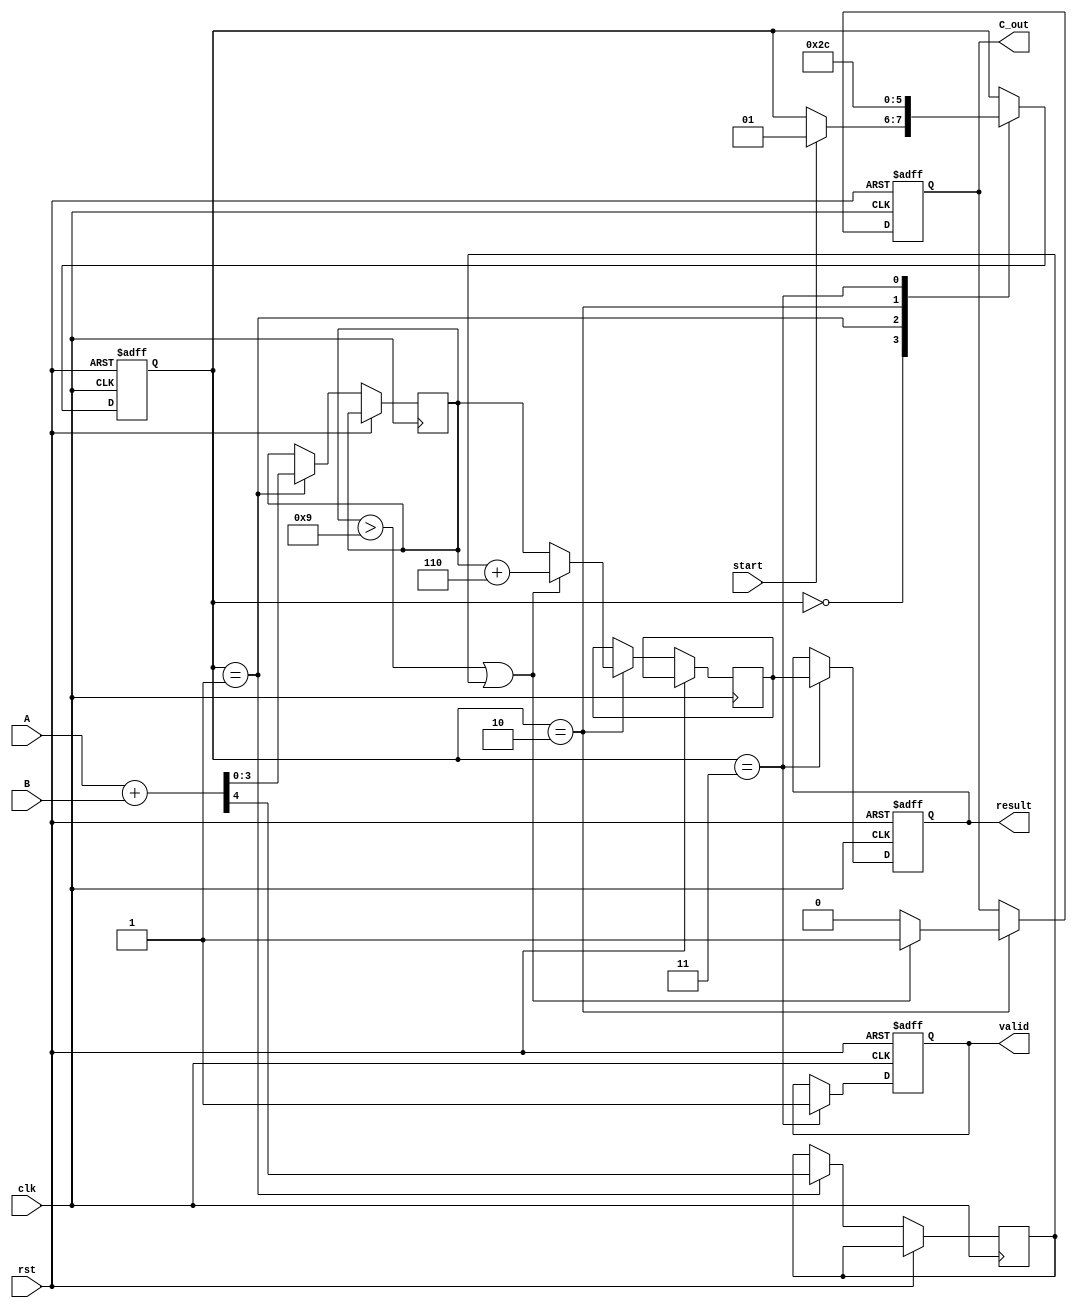
module BCD_Pipelined_Adder (
    input wire clk,
    input wire rst,
    input wire start,
    input wire [3:0] A,
    input wire [3:0] B,
    output reg [3:0] result,
    output reg C_out,
    output reg valid
);

    // Internal signals
    reg [3:0] sum;
    reg C_out_temp;
    reg [3:0] corrected_sum;
    reg [1:0] state; // State for pipelining

    // State encoding
    localparam IDLE = 2'b00;
    localparam ADD = 2'b01;
    localparam CORRECT = 2'b10;
    localparam OUTPUT = 2'b11;

    // Sequential logic for state machine
    always @(posedge clk or posedge rst) begin
        if (rst) begin
            state <= IDLE;
            result <= 4'b0000;
            C_out <= 1'b0;
            valid <= 1'b0;
        end else begin
            case (state)
                IDLE: begin
                    if (start) begin
                        state <= ADD;
                    end
                end

                ADD: begin
                    {C_out_temp, sum} <= A + B; // Binary addition
                    state <= CORRECT;
                end

                CORRECT: begin
                    if (sum > 4'd9 || C_out_temp) begin
                        corrected_sum <= sum + 4'd6; // BCD correction
                        C_out <= 1'b1; // Set carry out
                    end else begin
                        corrected_sum <= sum; // No correction needed
                        C_out <= 1'b0; // Clear carry out
                    end
                    state <= OUTPUT;
                end

                OUTPUT: begin
                    result <= corrected_sum; // Output the result
                    valid <= 1'b1; // Indicate valid output
                    state <= IDLE; // Go back to IDLE
                end
            endcase
        end
    end

endmodule